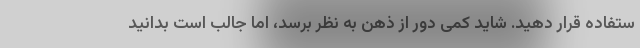
ستفاده قرار دهید. شاید کمی دور از ذهن به نظر برسد، اما جالب است بدانید